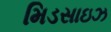
મિડસાઇઝ